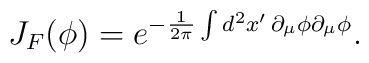
J_F(\phi)=e^{-\frac{1}{2\pi}\int d^2x'\, \partial_\mu \phi \partial_\mu \phi}.